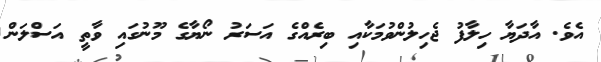
އެވެ. އާދަޔާ ހިލާފު ޖެހިލުންވުމަކާއި ބިރެއްގެ އަސަރު ނޯޔާގެ މޫނުގައި ވާތީ އަސްލަން